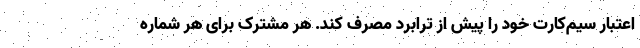
اعتبار سیم‌کارت خود را پیش از ترابرد مصرف کند. هر مشترک برای هر شماره